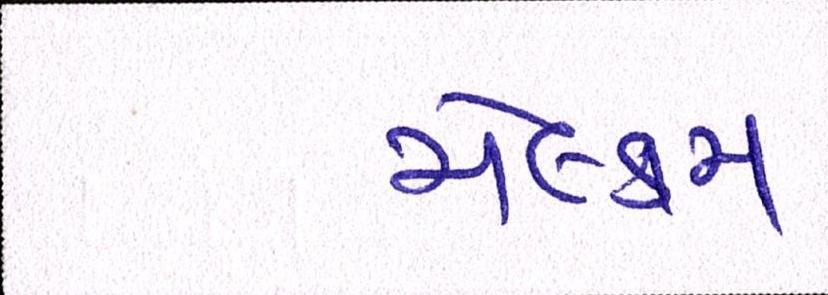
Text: મેલ્કમ